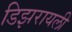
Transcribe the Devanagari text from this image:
डिझरायली